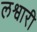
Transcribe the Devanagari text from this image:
लश्वारी